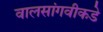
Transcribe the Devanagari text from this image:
वालसांगवीकडे